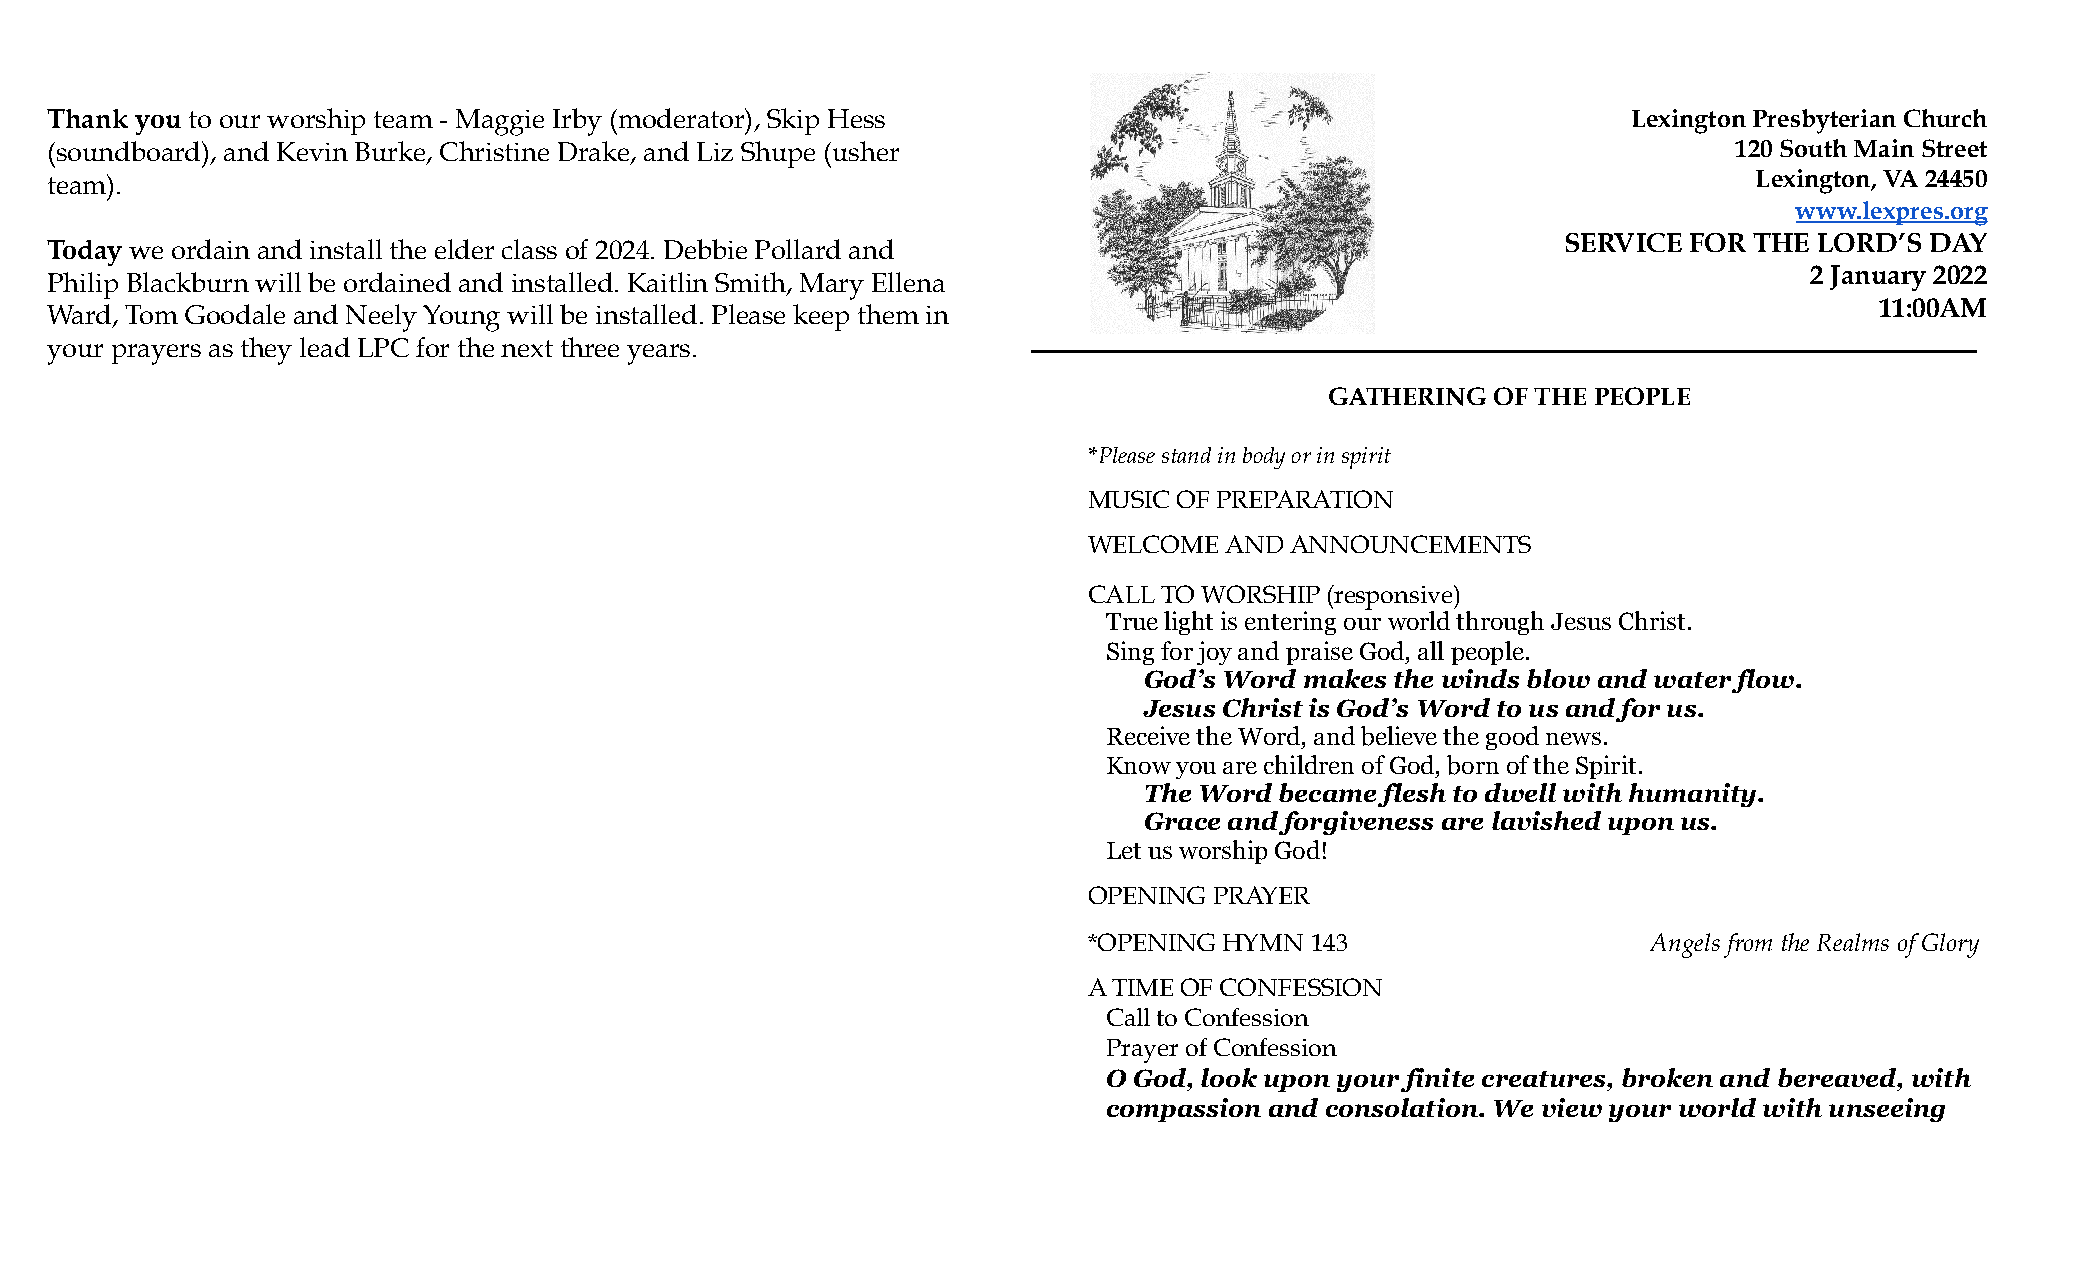
Thank you to our worship team - Maggie Irby (moderator), Skip Hess                                       Lexington Presbyterian Church
 (soundboard), and Kevin Burke, Christine Drake, and Liz Shupe (usher                                            120 South Main Street
 team).                                                                                                           Lexington, VA 24450
 www.lexpres.org
 SERVICE FOR THE LORD’S  DAY
 Today we ordain and install the elder class of 2024. Debbie Pollard and
 2 January 2022
 Philip Blackburn will be ordained and installed. Kaitlin Smith, Mary Ellena
 11:00AM
 Ward, Tom Goodale and Neely Young will be installed. Please keep them in
 ____________________________________________________________________
 your prayers as they lead LPC for the next three years.
 GATHERING  OF THE PEOPLE
 *Please stand in body or in spirit
 MUSIC OF PREPARATION
 WELCOME  AND ANNOUNCEMENTS
 CALL TO WORSHIP (responsive)
 True light is entering our world through Jesus Christ.
 Sing for joy and praise God, all people.
 God’s Word makes the winds blow and water flow.
 Jesus Christ is God’s Word to us and for us.
 Receive the Word, and believe the good news.
 Know you are children of God, born of the Spirit.
 The Word became flesh to dwell with humanity.
 Grace and forgiveness are lavished upon us.
 Let us worship God!
 OPENING PRAYER
 *OPENING HYMN  143                   Angels fromthe Realms of Glory
 A TIME OF CONFESSION
 Call to Confession
 Prayer of Confession
 O God, look upon your finite creatures, broken and bereaved, with
 compassion and consolation. We view your world with unseeing